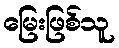
မြေးဖြစ်သူ